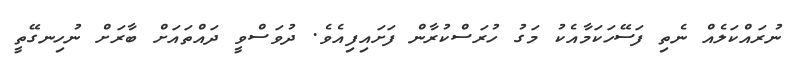
ނުރައްކަލެއް ނެތި ފަސޭހަކަމާއެކު މަގު ހުރަސްކުރާން ފަށައިފިއެވެ. ދުވަސްވީ ދައްތައަށް ބާރަށް ނުހިނގޭތީ